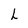
Character: h